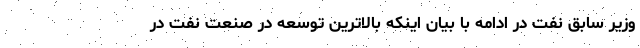
وزیر سابق نفت در ادامه با بیان اینکه بالاترین توسعه در صنعت نفت در